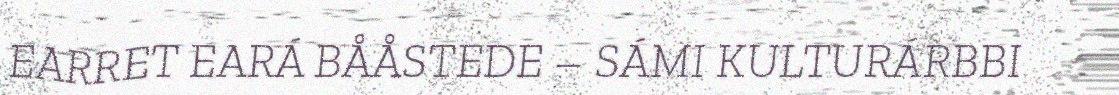
EARRET EARÁ BÅÅSTEDE – SÁMI KULTURÁRBBI